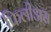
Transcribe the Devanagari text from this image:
फिलीअस